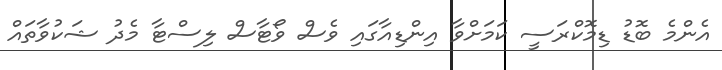
އެންމެ ބޮޑު ޑިމޮކްރަސީ ކަމަށްވާ އިންޑިއާގައި ވެސް ވޯޓާސް ލިސްޓާ މެދު ޝަކުވާތައް